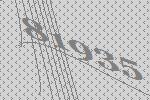
81935